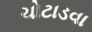
ચોટાડવા